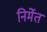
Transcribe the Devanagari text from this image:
निर्मेत